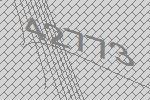
42773